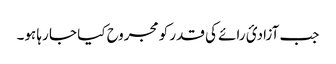
جب آزادیٔ رائے کی قدر کو مجروح کیا جا رہا ہو۔